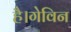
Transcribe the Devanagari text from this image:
है।गेविन